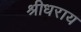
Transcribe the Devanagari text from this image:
श्रीधराय